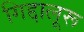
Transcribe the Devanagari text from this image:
गिद्दालूरू